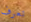
تعرف